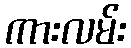
ကားလမ်း